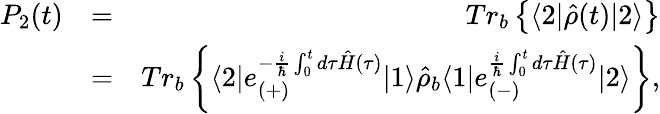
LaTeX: \begin{array}{rlr}{P_{2}(t)}&{=}&{Tr_{b}\left\{ \langle 2|\hat{\rho}(t)|2\rangle\right\} }\\ &{=}&{Tr_{b}\left\{ \langle 2|e_{(+)}^{-\frac{i}{\hbar}\int_{0}^{t}d\tau\hat{H}(\tau)}|1\rangle\hat{\rho}_{b}\langle 1|e_{(-)}^{\frac{i}{\hbar}\int_{0}^{t}d\tau\hat{H}(\tau)}|2\rangle\right\} ,}\end{array}